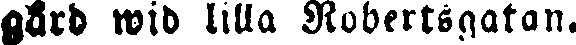
gård wid lilla Robertsgatan.